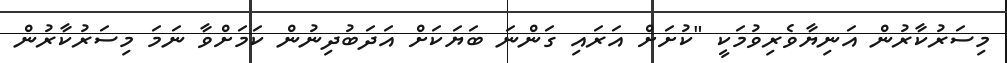
މިސަރުކާރުން އަނިޔާވެރިވުމަކީ "ކުށަށް އަރައި ގަންނަ ބަޔަކަށް އަދަބުދިނުން ކަމަށްވާ ނަމަ މިސަރުކާރުން